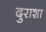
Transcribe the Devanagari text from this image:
दुराशा